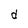
Character: d